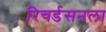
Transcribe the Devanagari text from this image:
रिचर्डसनला